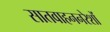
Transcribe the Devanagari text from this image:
सातवाहननरेशों